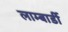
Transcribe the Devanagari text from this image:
लाम्बार्डी